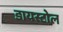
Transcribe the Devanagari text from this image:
डायस्टोल